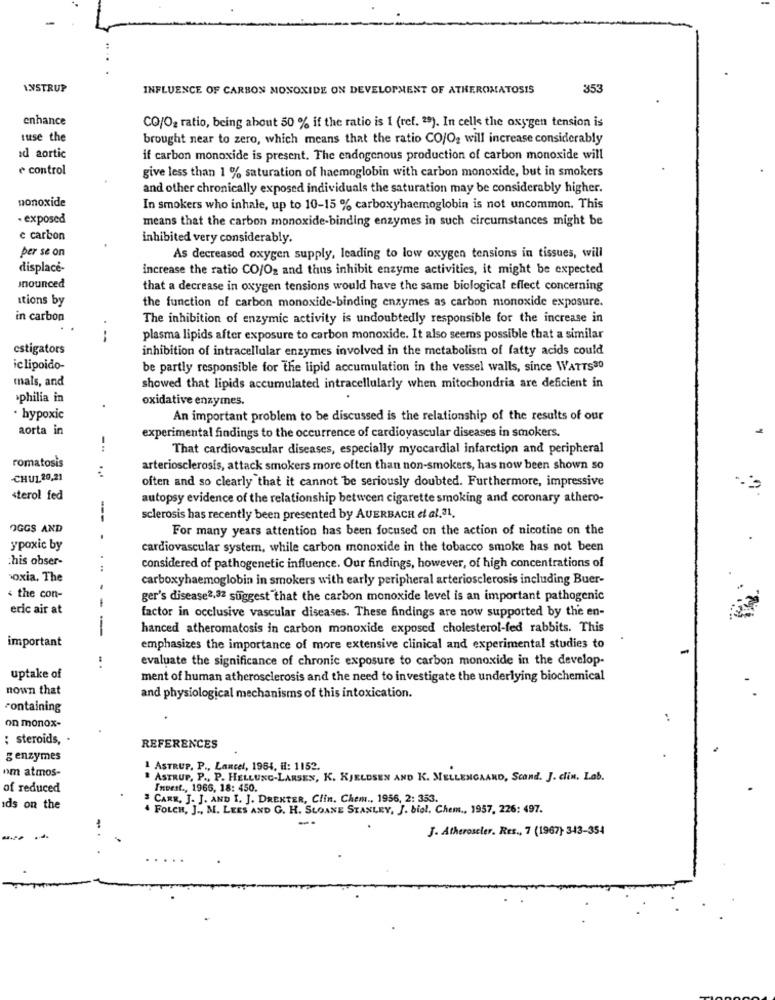
LYSTRUP
INFLUENCE OF CARBON MONOXIDE ON DEVELOPMENT OF ATHEROMATOSIS
353
enhance
CO/O2 ratio, being about 50 % if the ratio is 1 (ref. 2). In cells the oxygen tension is
tuse the
brought near to zero, which means that the ratio CO/O2 will increase considerably
ad aortic
if carbon monoxide is present. The endogenous production of carbon monoxide will
e control
give less than 1 % saturation of haemoglobin with carbon monoxide, but in smokers
and other chronically exposed individuals the saturation may be considerably higher.
nonoxide
In smokers who inhale, up to 10-15 % carboxyhaemoglobin is not uncommon. This
. exposed
means that the carbon monoxide-binding enzymes in such circumstances might be
e carbon
inhibited very considerably.
per se on
As decreased oxygen supply, leading to low oxygen tensions in tissues, will
displace-
increase the ratio CO/O2 and thus inhibit enzyme activities, it might be expected
mnounced
that a decrease in oxygen tensions would have the same biological effect concerning
itions by
the function of carbon monoxide-binding enzymes as carbon monoxide exposure.
in carbon
The inhibition of enzymic activity is undoubtedly responsible for the increase in
-
plasma lipids after exposure to carbon monoxide. It also seems possible that a similar
estigators
inhibition of intracellular enzymes involved in the metabolism of fatty acids could
iclipoido-
be partly responsible for the lipid accumulation in the vessel walls, since WATTS30
mals, and
showed that lipids accumulated intracellularly when mitochondria are deficient in
philia in
oxidative enzymes.
.
· hypoxic
An important problem to be discussed is the relationship of the results of our
aorta in
experimental findings to the occurrence of cardiovascular diseases in smokers.
--
That cardiovascular diseases, especially myocardial infarction and peripheral
...
romatosis
arteriosclerosis, attack smokers more often than non-smokers, has now been shown so
-CHUL 20,21
often and so clearly that it cannot be seriously doubted. Furthermore, impressive
sterol fed
autopsy evidence of the relationship between cigarette smoking and coronary athero-
---
sclerosis has recently been presented by AUERBACH et al.31.
OGGS AND
For many years attention has been focused on the action of nicotine on the
.
ypoxic by
cardiovascular system, while carbon monoxide in the tobacco smoke has not been
.his obser-
considered of pathogenetic influence. Our findings, however, of high concentrations of
oxia, The
carboxyhaemoglobin in smokers with early peripheral arteriosclerosis including Buer-
< the con-
ger's disease2,32 suggest that the carbon monoxide level is an important pathogenic
eric air at
factor in occlusive vascular diseases. These findings are now supported by the en-
.----
hanced atheromatosis in carbon monoxide exposed cholesterol-fed rabbits. This
important
emphasizes the importance of more extensive clinical and experimental studies to
:
evaluate the significance of chronic exposure to carbon monoxide in the develop-
uptake of
ment of human atherosclerosis and the need to investigate the underlying biochemical
nown that
and physiological mechanisms of this intoxication.
containing
on monox-
: steroids, .
REFERENCES
g enzymes
om atmos-
1 ASTRUP. P ., Lancel, 1964, il: 1152.
ASTRUP, P ., P. HELLUNC-LARSEN, K. KJELDSEN AND K. MELLEMGAARD, Scand. J. clin. Lab.
of reduced
Invest ., 1966, 18: 450.
CARR. J. J. AND I. J. DREKTER, Clin. Chem ., 1956, 2: 353.
ids on the
. FOLCH, J ., M. LEES AND G. H. SLOANE STANLEY, J. biol. Chem ., 1957, 226: 497.
J. Atheroseler. Res ., 7 (1967) 343-354
..